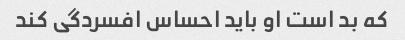
که بد است او باید احساس افسردگی کند